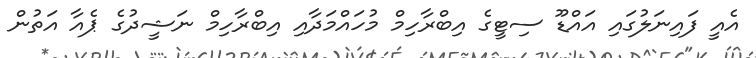
އެއީ ފައިނަލުގައި އައްޑޫ ސިޓީގެ އިބްރާހިމް މުހައްމަދާއި އިބްރާހިމް ނަޝީދުގެ ޕެއާ އަތުން